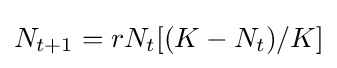
N_{t+1}=rN_{t}[(K-N_{t})/K]